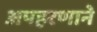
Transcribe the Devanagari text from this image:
अपहरणाने